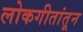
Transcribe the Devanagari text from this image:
लोकगीतांतून